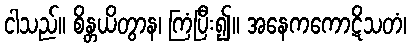
ငါသည်။ စိန္တယိတွာန၊ ကြံပြီး၍။ အနေကကောဋိသတံ၊